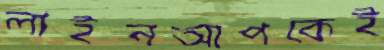
লাইনআপকেই